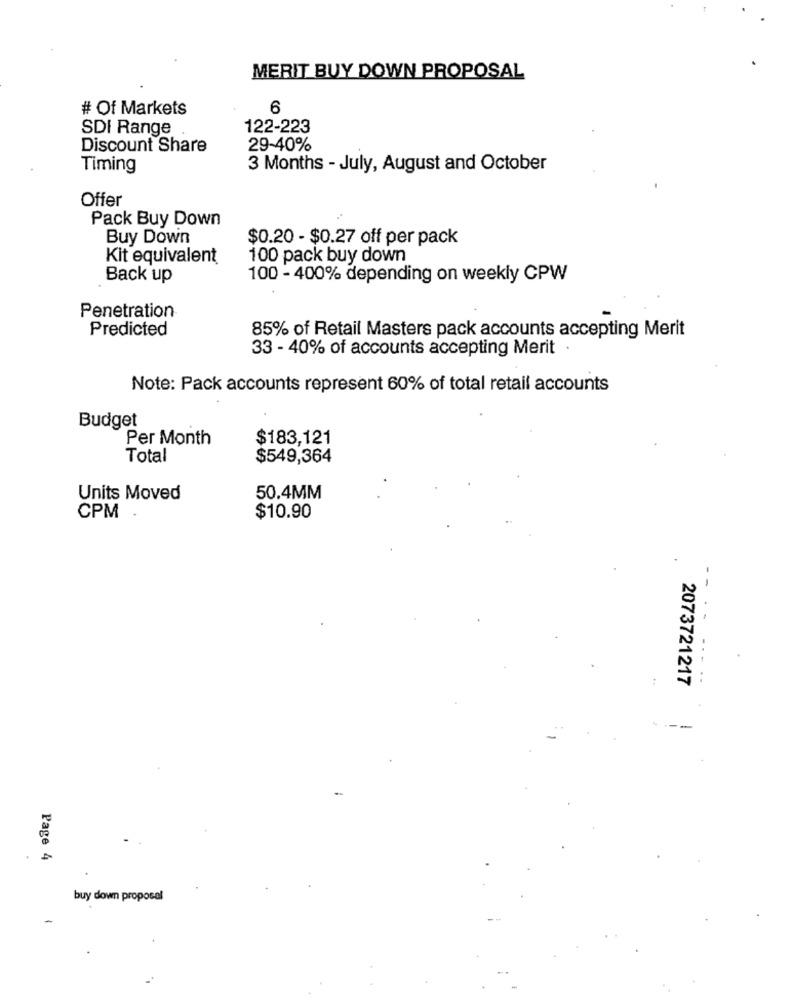
MERIT BUY DOWN PROPOSAL
# Of Markets
6
SDI Range
122-223
Discount Share
29-40%
Timing
3 Months - July, August and October
Offer
Pack Buy Down
Buy Down
$0.20 - $0.27 off per pack
Kit equivalent
100 pack buy down
Back up
100 - 400% depending on weekly CPW
Penetration
Predicted
85% of Retail Masters pack accounts accepting Merit
33 - 40% of accounts accepting Merit
Note: Pack accounts represent 60% of total retail accounts
Budget
Per Month
$183,121
Total
$549,364
Units Moved
50.4MM
CPM
$10.90
..
...
2073721217
Page 4
buy down proposal
-